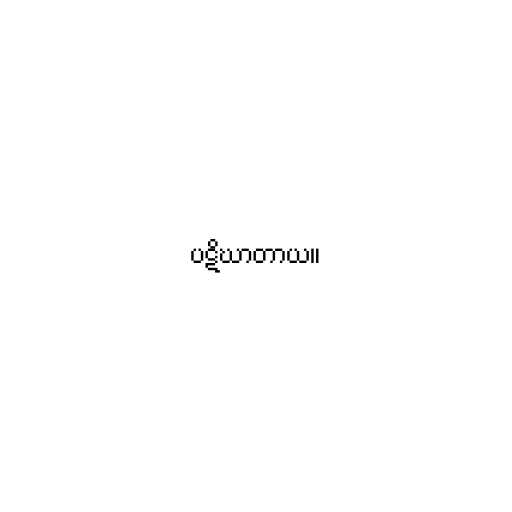
ပဋိဃာတာယ။